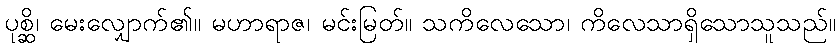
ပုစ္ဆိ၊ မေးလျှောက်၏။ မဟာရာဇ၊ မင်းမြတ်။ သကိလေသော၊ ကိလေသာရှိသောသူသည်။